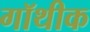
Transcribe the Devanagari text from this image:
गॉथीक